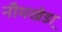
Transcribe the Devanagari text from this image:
नीमखेडा़